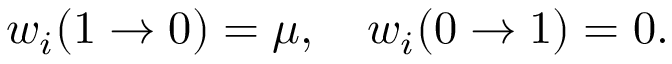
\begin{array} { r } { w _ { i } ( 1 \rightarrow 0 ) = \mu , \quad w _ { i } ( 0 \rightarrow 1 ) = 0 . } \end{array}